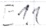
Text: E1.1